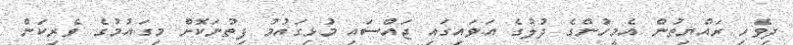
ދިވެހި ރައްޔިތުން އެމީހުންގެ ދުލުގެ އަވައިގައި ޖައްސައި މުޅިގައުމު ފިތުނަކޮށް މިގައުމުގެ ވެރިކަން